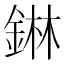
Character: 𮢅